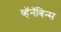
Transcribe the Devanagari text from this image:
व्हॅनॅबिन्स